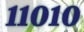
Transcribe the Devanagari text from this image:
११०१०